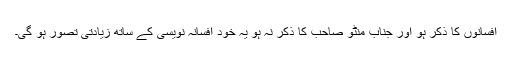
افسانوں کا ذکر ہو اور جناب منٹو صاحب کا ذکر نہ ہو یہ خود افسانہ نویسی کے ساتھ زیادتی تصور ہو گی۔